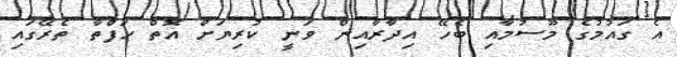
އެ ގައުމުގެ މޫސުމާއި ބެހޭ އިދާރާއިން ވަނީ ކުރިޔަށް އޮތް ހަފްތާ ތެރޭގައި